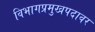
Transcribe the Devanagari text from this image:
विभागप्रमुखपदावर